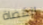
القضاة